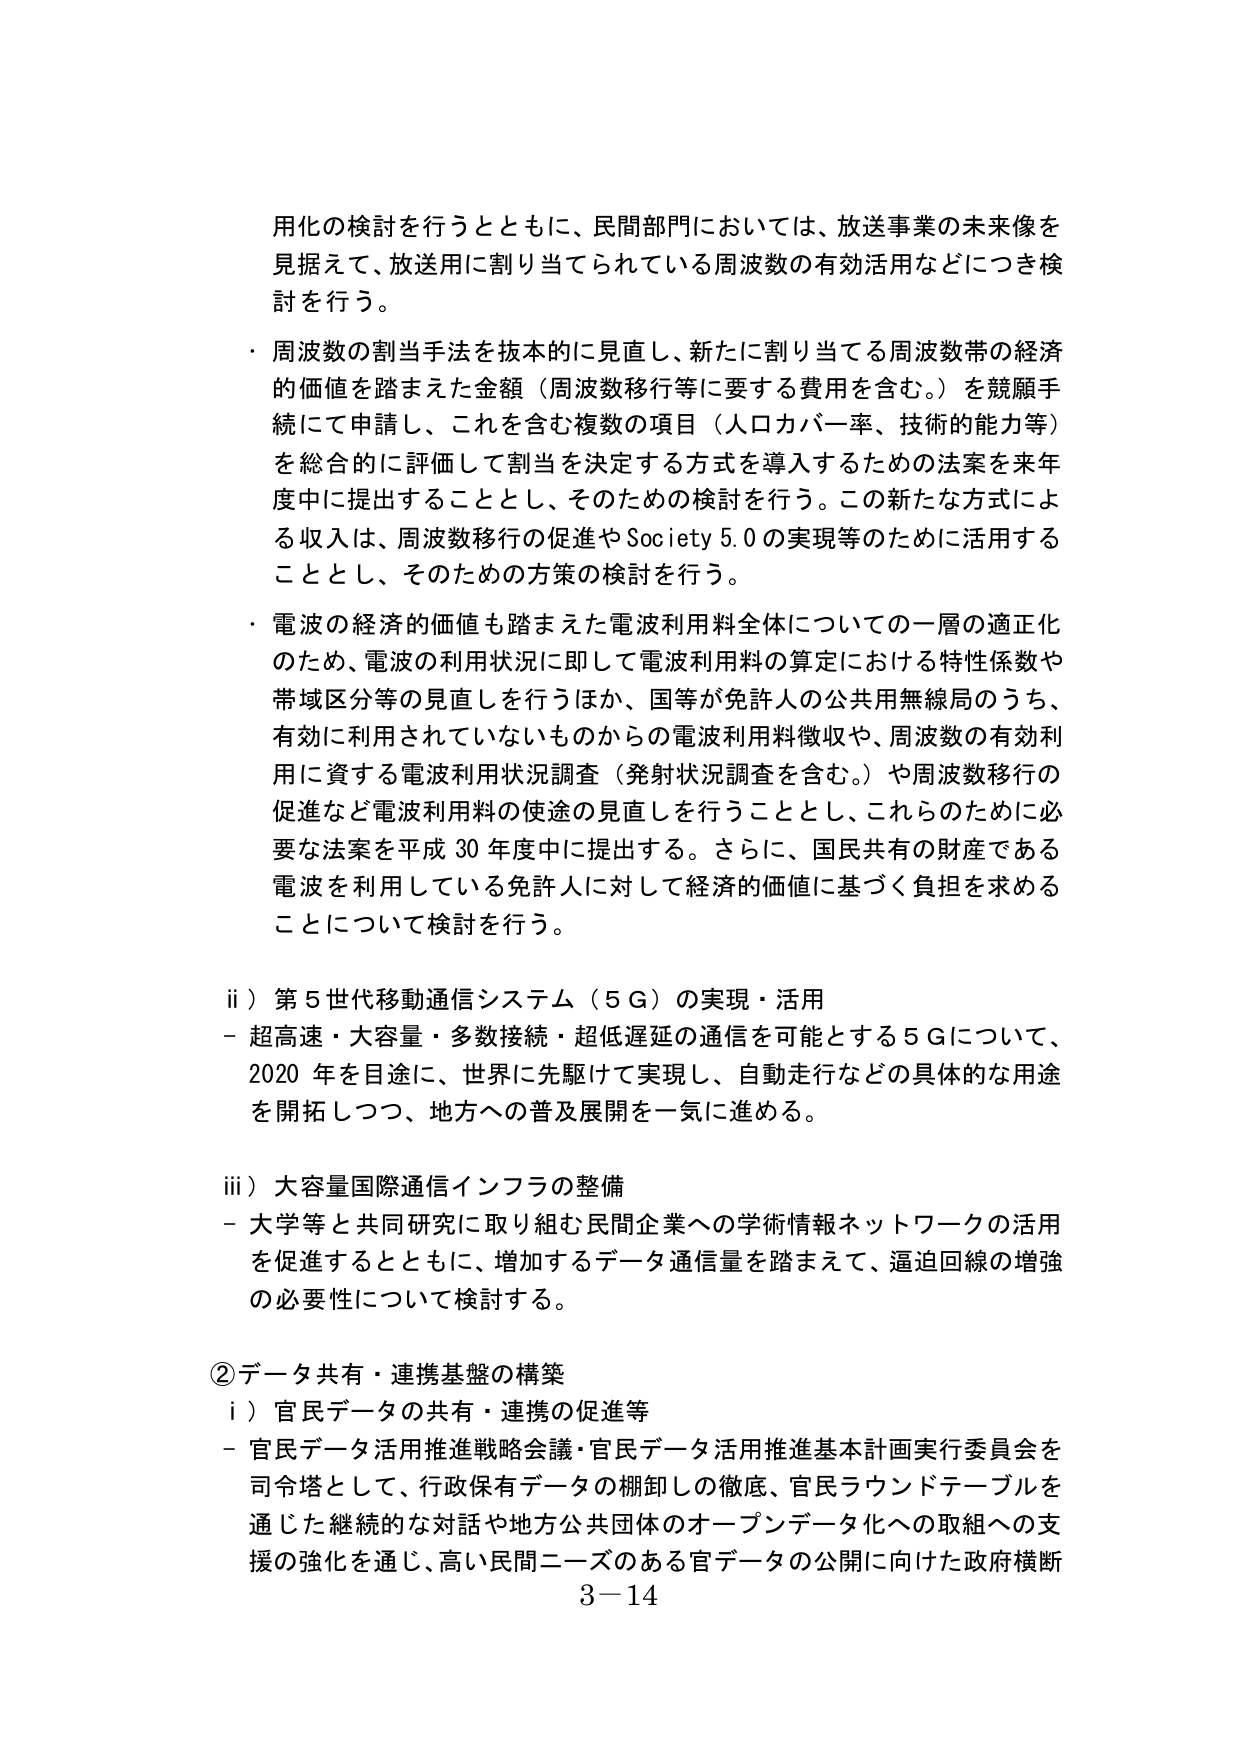
用化の検討を行うとともに、民間部門においては、放送事業の未来像を
見据えて、放送用に割り当てられている周波数の有効活用などにつき検
討を行う。
・ 周波数の割当手法を抜本的に見直し、新たに割り当てる周波数帯の経済
的価値を踏まえた金額（周波数移行等に要する費用を含む。）を競願手
続にて申請し、これを含む複数の項目（人口カバー率、技術的能力等）
を総合的に評価して割当を決定する方式を導入するための法案を来年
度中に提出することとし、そのための検討を行う。この新たな方式によ
る収入は、周波数移行の促進やSociety 5.0の実現等のために活用する
こととし、そのための方策の検討を行う。
・ 電波の経済的価値も踏まえた電波利用料全体についての一層の適正化
のため、電波の利用状況に即して電波利用料の算定における特性係数や
帯域区分等の見直しを行うほか、国等が免許人の公共用無線局のうち、
有効に利用されていないものからの電波利用料徴収や、周波数の有効利
用に資する電波利用状況調査（発射状況調査を含む。）や周波数移行の
促進など電波利用料の使途の見直しを行うこととし、これらのために必
要な法案を平成30年度中に提出する。さらに、国民共有の財産である
電波を利用している免許人に対して経済的価値に基づく負担を求める
ことについて検討を行う。

ii）第5世代移動通信システム（5G）の実現・活用
－ 超高速・大容量・多数接続・超低遅延の通信を可能とする5Gについて、
2020年を目途に、世界に先駆けて実現し、自動走行などの具体的な用途
を開拓しつつ、地方への普及展開を一気に進める。

iii）大容量国際通信インフラの整備
－ 大学等と共同研究に取り組む民間企業への学術情報ネットワークの活用
を促進するとともに、増加するデータ通信量を踏まえて、逼迫回線の増強
の必要性について検討する。

②データ共有・連携基盤の構築
i）官民データの共有・連携の促進等
－ 官民データ活用推進戦略会議・官民データ活用推進基本計画実行委員会を
司令塔として、行政保有データの棚卸しの徹底、官民ラウンドテーブルを
通じた継続的な対話や地方公共団体のオープンデータ化への取組への支
援の強化を通じ、高い民間ニーズのある官データの公開に向けた政府横断
3－14